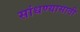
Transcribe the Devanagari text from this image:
सांधण्यासाठी